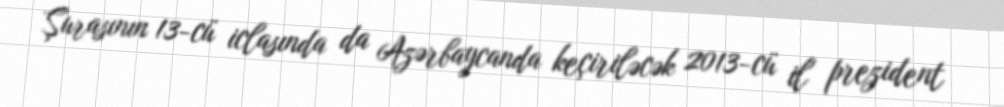
Şurasının 13-cü iclasında da Azərbaycanda keçiriləcək 2013-cü il prezident